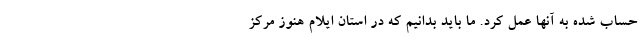
حساب شده به آنها عمل کرد. ما باید بدانیم که در استان ایلام هنوز مرکز